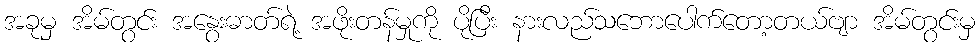
အခုမှ အိမ်တွင်း အနွေးဓာတ်ရဲ့ အဖိုးတန်မှုကို ပိုပြီး နားလည်သဘောပေါက်တော့တယ်ဗျာ အိမ်တွင်းမှ